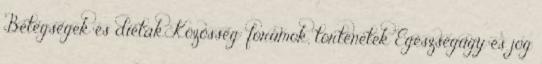
Betegségek és diéták Közösség: fórumok, történetek Egészségügy és jog